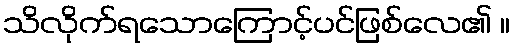
သိလိုက်ရသောကြောင့်ပင်ဖြစ်လေ၏ ။